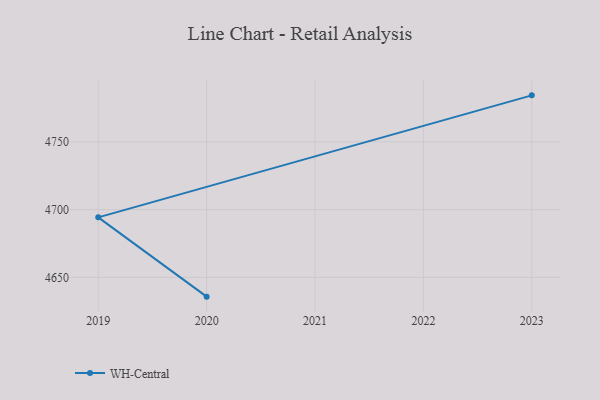
{"axis": {"x": "Year", "y": "Inventory Turnover"}, "legend": ["WH-Central"], "data": [{"x": "2023", "y": 4784.3, "type": "WH-Central"}, {"x": "2019", "y": 4694.3, "type": "WH-Central"}, {"x": "2020", "y": 4635.8, "type": "WH-Central"}]}